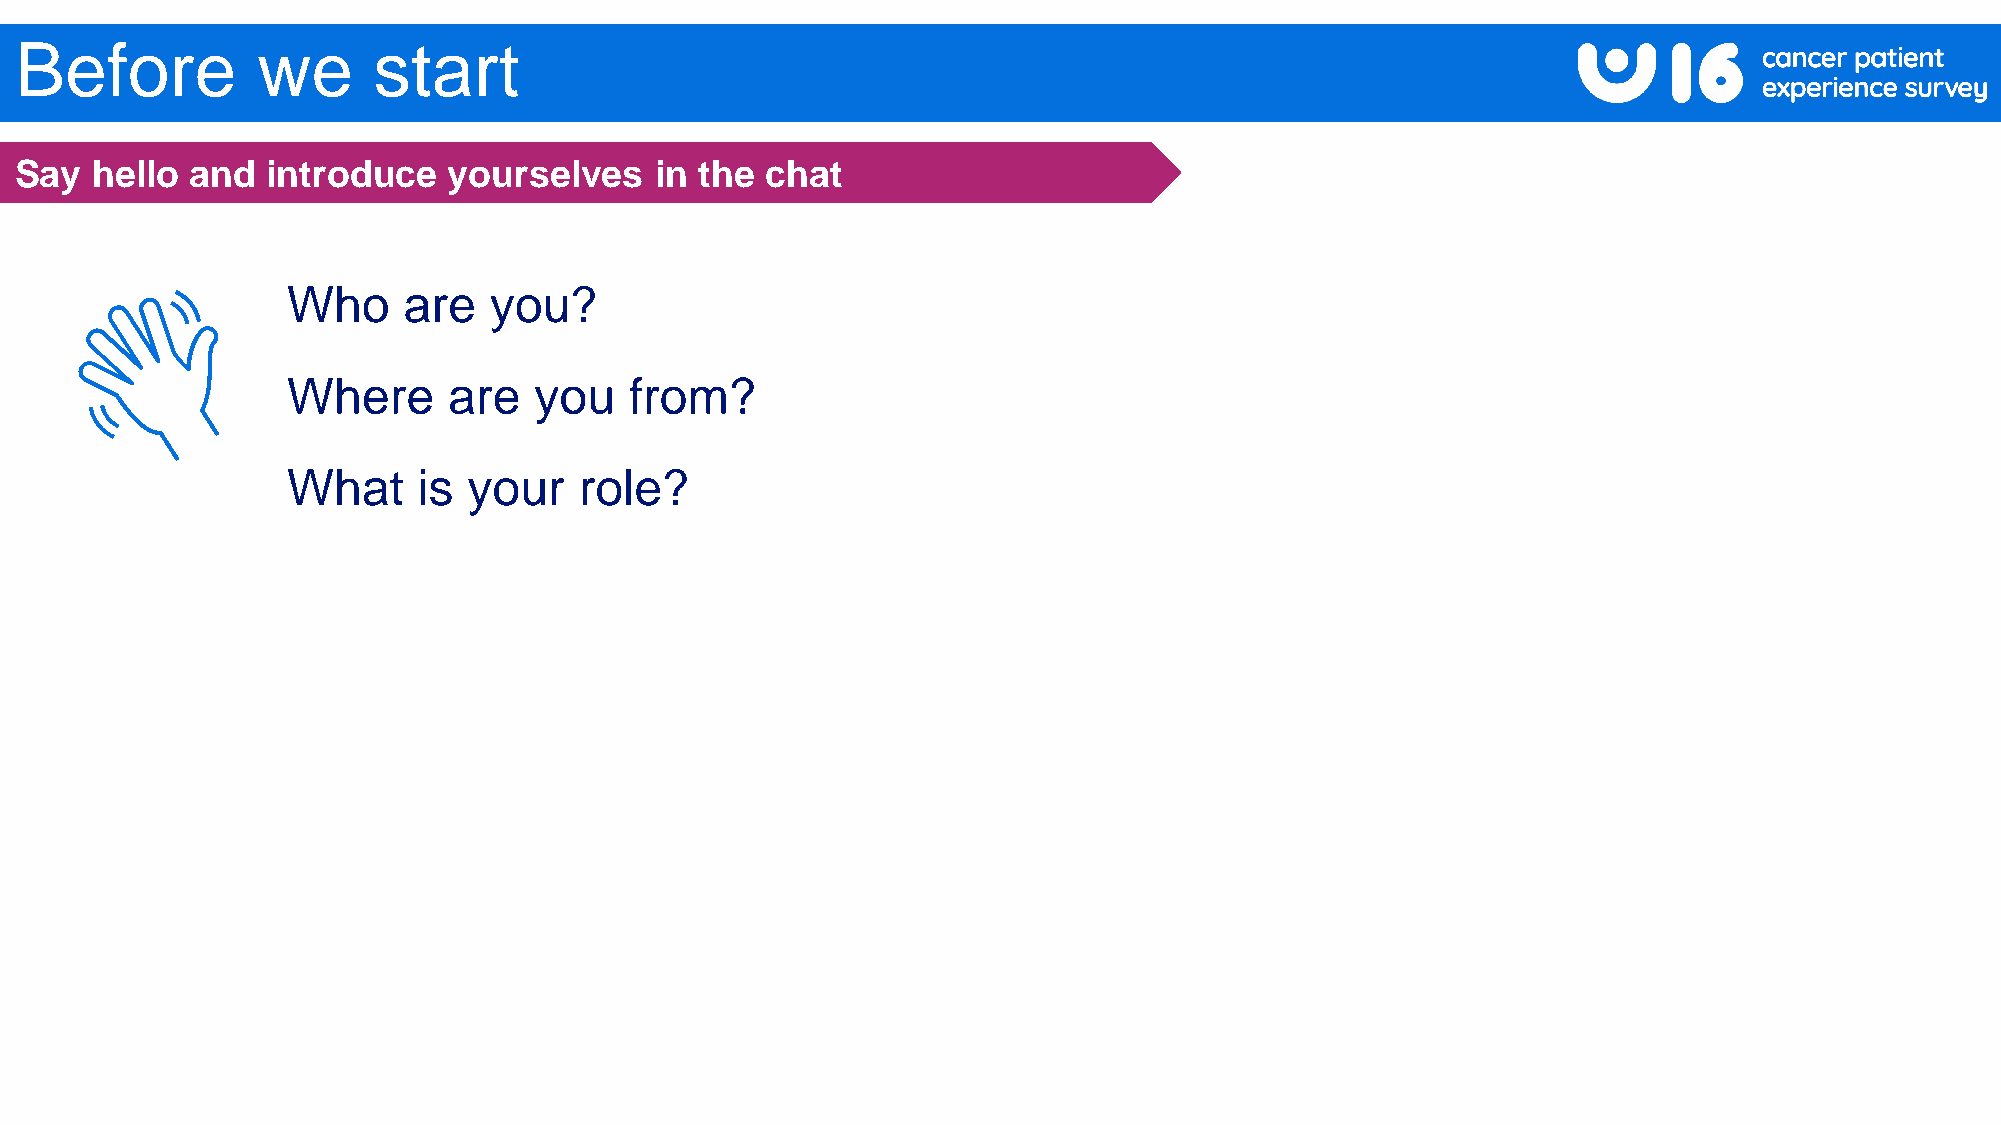
Before          we      start
 Say  hello  and  introduce   yourselves   in the  chat
 Who     are  you?
 Where      are  you    from?
 What     is your   role?